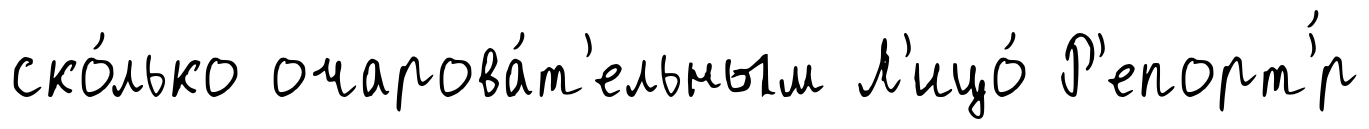
ско́лько очарова́т'ельным Л'ицо́ Р'епорт'́р